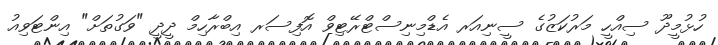
ހުޅުމީދޫ ސިއްހީ މަރުކަޒުގެ ސީނިއަރ އެޑްމިނިސްޓްރޭޓިވް އޮފިސަރ އިބްރާހިމް ދީދީ "ވަގުތަށް" އިންޓަވިއު